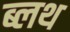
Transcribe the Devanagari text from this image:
ब्लथ